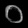
Digit: ၀